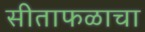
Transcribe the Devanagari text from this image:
सीताफळाचा